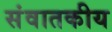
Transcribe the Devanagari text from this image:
संवातकीय